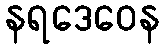
နရဒေဝေန